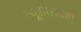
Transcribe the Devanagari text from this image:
न्यूझीलंडशी